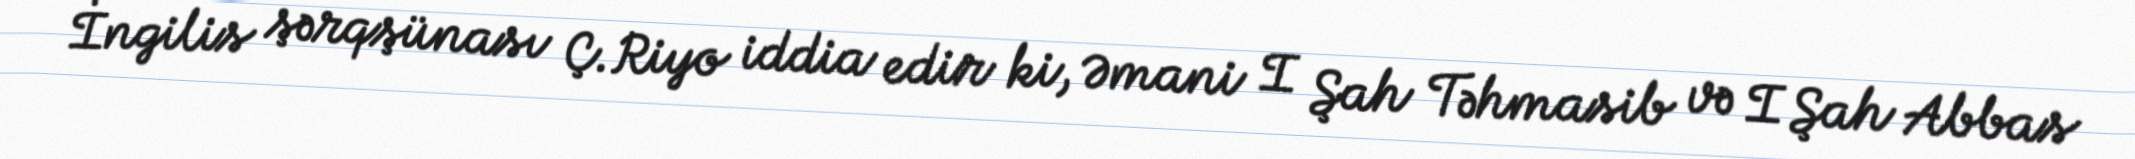
İngilis şərqşünası Ç.Riyo iddia edir ki, Əmani I Şah Təhmasib və I Şah Abbas